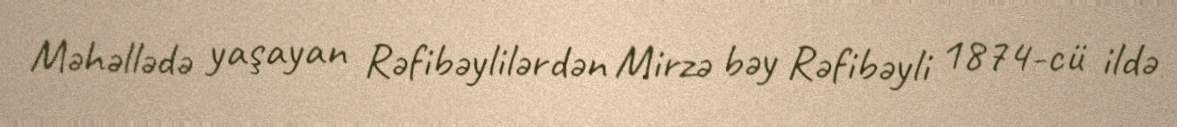
Məhəllədə yaşayan Rəfibəylilərdən Mirzə bəy Rəfibəyli 1874-cü ildə